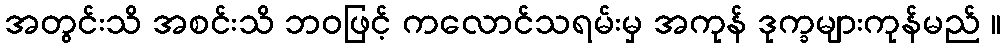
အတွင်းသိ အစင်းသိ ဘဝဖြင့် ကလောင်သရမ်းမှ အကုန် ဒုက္ခများကုန်မည် ။